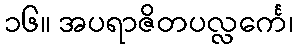
၁၆။ အပရာဇိတပလ္လင်္ကေ၊